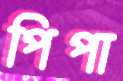
পিপা